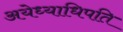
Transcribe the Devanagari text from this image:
अयेध्याधिपति